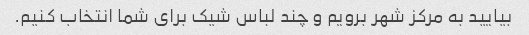
بیایید به مرکز شهر برویم و چند لباس شیک برای شما انتخاب کنیم.